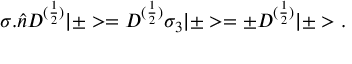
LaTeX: { \sigma } . \hat { n } D ^ { ( \frac { 1 } { 2 } ) } | \pm > = D ^ { ( \frac { 1 } { 2 } ) } { \sigma } _ { 3 } | \pm > = { \pm } D ^ { ( \frac { 1 } { 2 } ) } | \pm > .